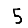
Digit: 5